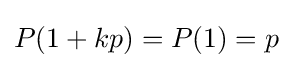
P(1+kp)=P(1)=p